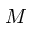
M